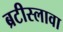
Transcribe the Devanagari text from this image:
ब्रटीस्लावा